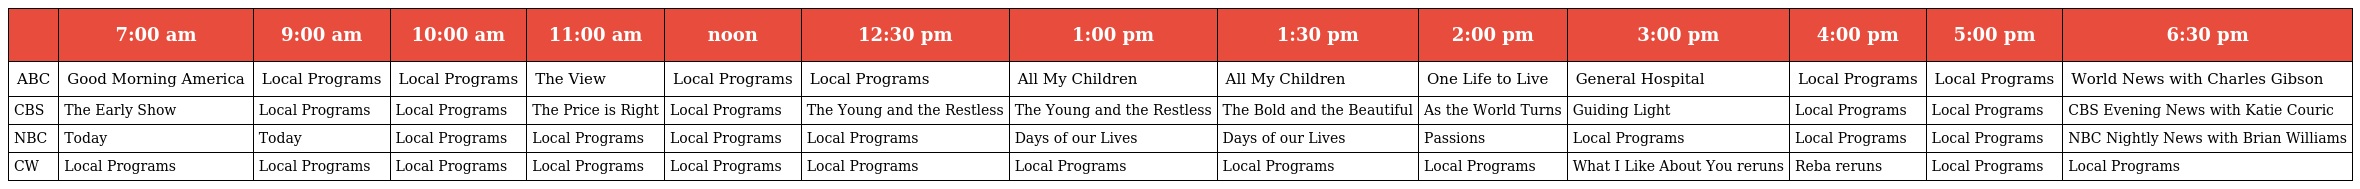
|  | 7:00 am | 9:00 am | 10:00 am | 11:00 am | noon | 12:30 pm | 1:00 pm | 1:30 pm | 2:00 pm | 3:00 pm | 4:00 pm | 5:00 pm | 6:30 pm |
 | --- | --- | --- | --- | --- | --- | --- | --- | --- | --- | --- | --- | --- | --- |
 | ABC | Good Morning America | Local Programs | Local Programs | The View | Local Programs | Local Programs | All My Children | All My Children | One Life to Live | General Hospital | Local Programs | Local Programs | World News with Charles Gibson |
 | CBS | The Early Show | Local Programs | Local Programs | The Price is Right | Local Programs | The Young and the Restless | The Young and the Restless | The Bold and the Beautiful | As the World Turns | Guiding Light | Local Programs | Local Programs | CBS Evening News with Katie Couric |
 | NBC | Today | Today | Local Programs | Local Programs | Local Programs | Local Programs | Days of our Lives | Days of our Lives | Passions | Local Programs | Local Programs | Local Programs | NBC Nightly News with Brian Williams |
 | CW | Local Programs | Local Programs | Local Programs | Local Programs | Local Programs | Local Programs | Local Programs | Local Programs | Local Programs | What I Like About You reruns | Reba reruns | Local Programs | Local Programs |